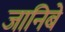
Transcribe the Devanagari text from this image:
जानिबे